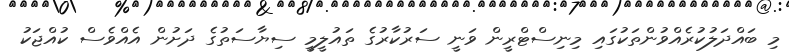
މި ބައްދަލުކުރެއްވުންތަކުގައި މިނިސްޓްރީން ވަނީ ސަރުކާރުގެ ތައުލީމީ ސިޔާސަތުގެ ދަށުން އެއްވެސް ކުއްޖަކު